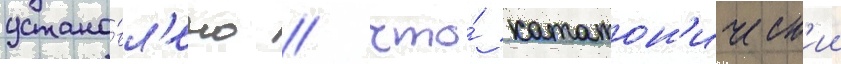
устано́вл'ено / что́ кататон'ическ'ии